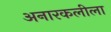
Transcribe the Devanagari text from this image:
अनारकलीला